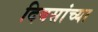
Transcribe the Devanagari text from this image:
दिवसांच्‍या